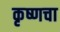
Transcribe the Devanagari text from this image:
कृष्णचा